Document type: Sale
Year: 1439
Scribe: Arnau d'Illes
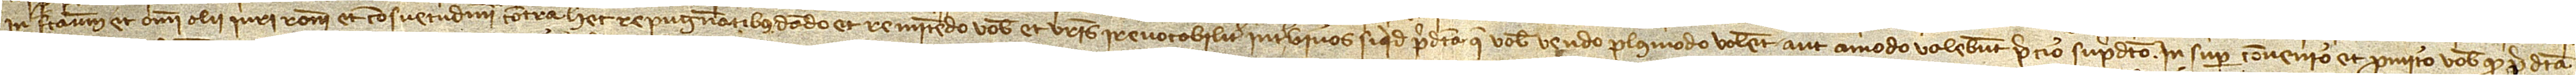
infactum, et omni alii iuri, rationi et consuetudini contra hec repugnantibus, dando et remitendo vobis et vestris irevocabiliter inter vivos si quid predicta que vobis vendo plusmodo volent aut amodo valebunt precio supradicto. Insuper convenio et promito vobis quod predicta